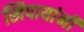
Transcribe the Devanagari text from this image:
खिपायांनी